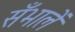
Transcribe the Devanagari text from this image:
सँभालें